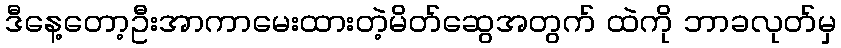
ဒီနေ့တော့ဦးအာကာမေးထားတဲ့မိတ်ဆွေအတွက် ထဲကို ဘာခလုတ်မှ